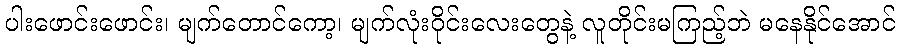
ပါးဖောင်းဖောင်း၊ မျက်တောင်ကော့၊ မျက်လုံးဝိုင်းလေးတွေနဲ့ လူတိုင်းမကြည့်ဘဲ မနေနိုင်အောင်